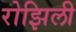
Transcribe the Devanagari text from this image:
रोझिली